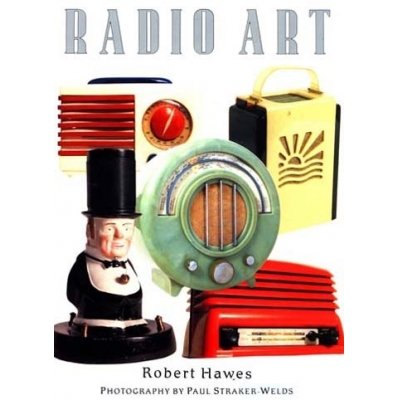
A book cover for Radio Art; R. Hawes; Crafts, Hobbies & Home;